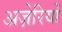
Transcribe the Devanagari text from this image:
अज़ेरियों